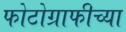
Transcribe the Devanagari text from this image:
फोटोग्राफीच्या